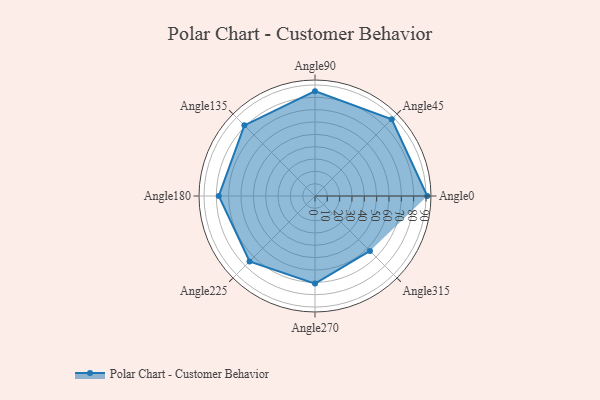
{"axis": {"x": "Angle", "y": "Radius"}, "legend": [""], "data": [{"x": "Angle0", "y": 91.0, "type": ""}, {"x": "Angle45", "y": 88.0, "type": ""}, {"x": "Angle90", "y": 85.0, "type": ""}, {"x": "Angle135", "y": 81.0, "type": ""}, {"x": "Angle180", "y": 78.0, "type": ""}, {"x": "Angle225", "y": 75.0, "type": ""}, {"x": "Angle270", "y": 71.0, "type": ""}, {"x": "Angle315", "y": 63.0, "type": ""}]}